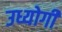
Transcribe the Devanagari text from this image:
उध्योगी